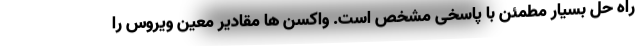
راه حل بسیار مطمئن با پاسخی مشخص است. واکسن ها مقادیر معین ویروس را